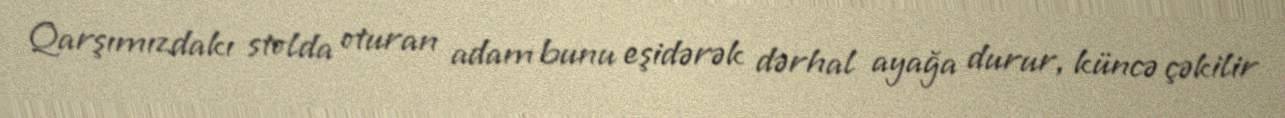
Qarşımızdakı stolda oturan adam bunu eşidərək dərhal ayağa durur, küncə çəkilir